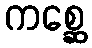
ကစ္ဆေ